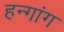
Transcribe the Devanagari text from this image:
हन्गांग